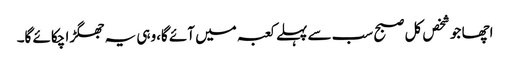
اچھا جو شخص کل صبح سب سے پہلے کعبہ میں آئے گا،وہی یہ جھگڑا چکائے گا۔